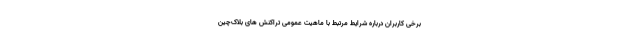
برخی کاربران درباره شرایط مرتبط با ماهیت عمومی تراکنش های بلاک‌چین